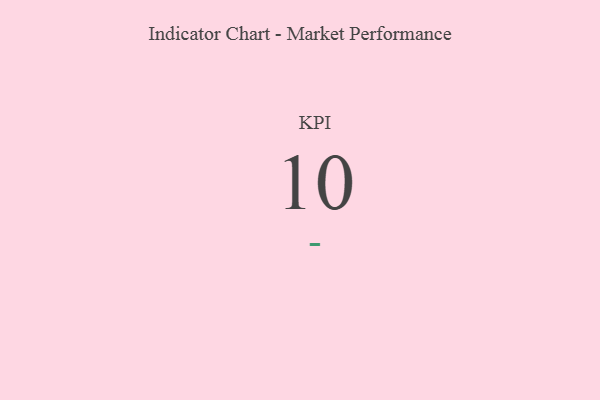
{"axis": {"x": "KPI", "y": "Value"}, "legend": [""], "data": [{"x": "KPI", "y": 10, "type": ""}]}